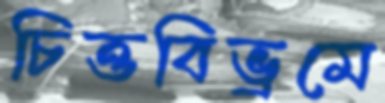
চিত্তবিভ্রমে